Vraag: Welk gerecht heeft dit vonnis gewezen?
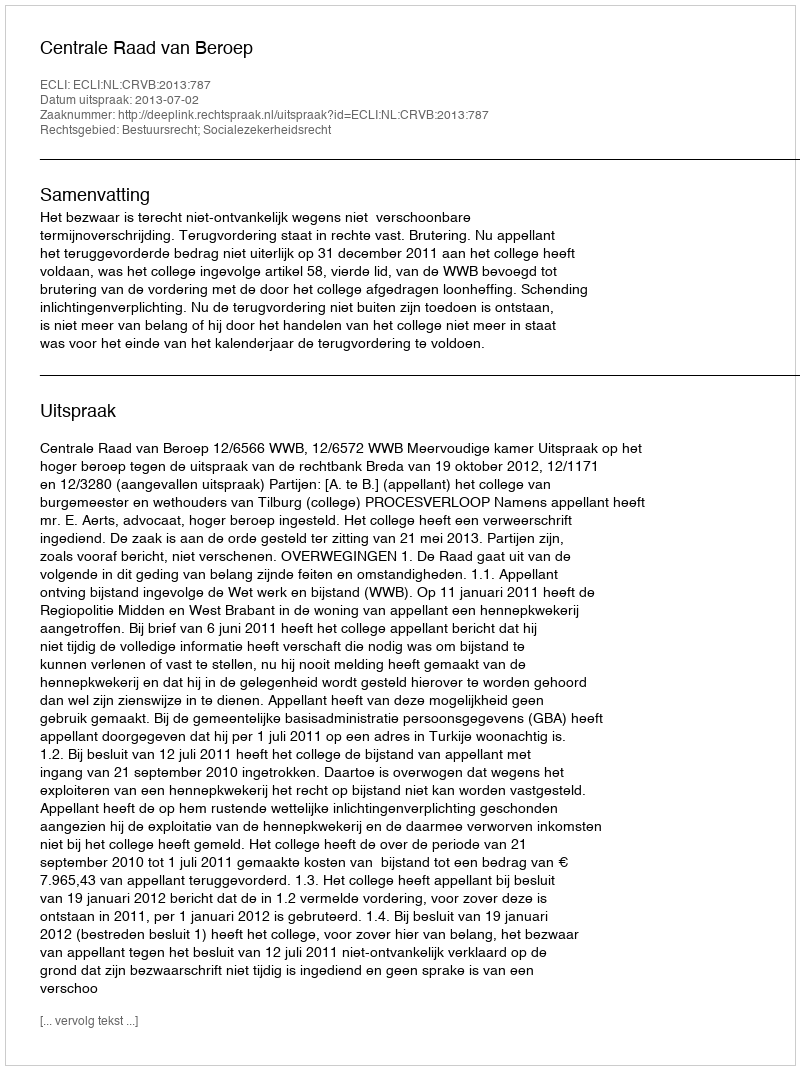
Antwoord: Centrale Raad van Beroep